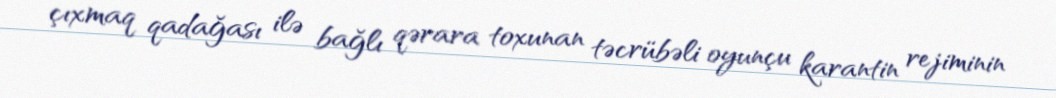
çıxmaq qadağası ilə bağlı qərara toxunan təcrübəli oyunçu karantin rejiminin